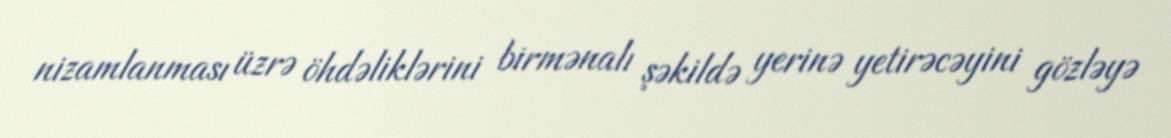
nizamlanması üzrə öhdəliklərini birmənalı şəkildə yerinə yetirəcəyini gözləyə